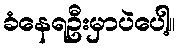
ခံနေရဦးမှာပဲပေါ့။